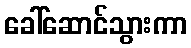
ခေါ်ဆောင်သွားကာ